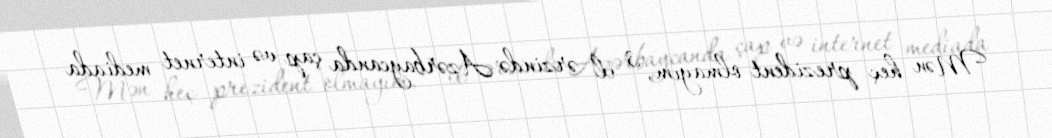
Mən heç prezident olmayım, 3 il ərzində Azərbaycanda çap və internet mediada